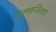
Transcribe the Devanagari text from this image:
बालकविताएँ